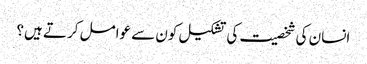
انسان کی شخصیت کی تشکیل کون سے عوامل کرتے ہیں؟